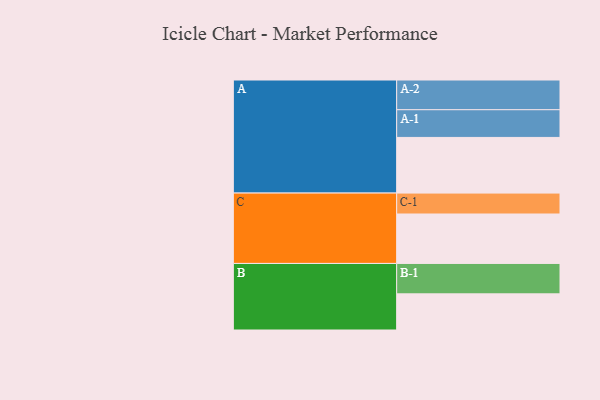
{"axis": {"x": "Segment", "y": "Value"}, "legend": ["", "A", "B", "C"], "data": [{"x": "A", "y": 494, "type": ""}, {"x": "B", "y": 321, "type": ""}, {"x": "C", "y": 439, "type": ""}, {"x": "A-1", "y": 246, "type": "A"}, {"x": "A-2", "y": 264, "type": "A"}, {"x": "B-1", "y": 270, "type": "B"}, {"x": "C-1", "y": 186, "type": "C"}]}